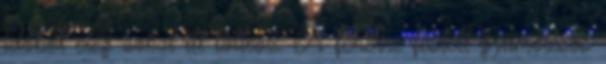
időből elég sokat itt töltesz. A fehérre festett gyümölcsös